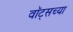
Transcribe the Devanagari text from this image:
वॉट्सच्या